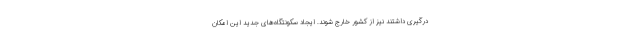
درگیری داشتند نیز از کشور خارج شوند. ایجاد سکونتگاه‌های جدید این امکان